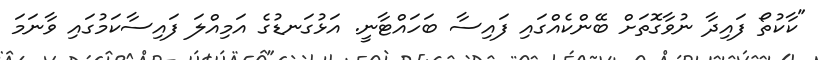
"ކާކުތޯ ފައިދާ ނުވާގޮތަށް ބޭންކެއްގައި ފައިސާ ބަހައްޓާނީ. އަޅުގަނޑުގެ އަމިއްލަ ފައިސާކަމުގައި ވާނަމަ